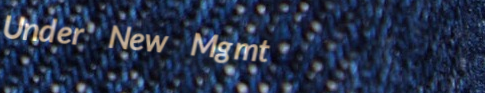
Under New Mgmt